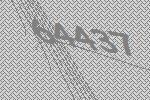
64437